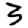
Digit: 3